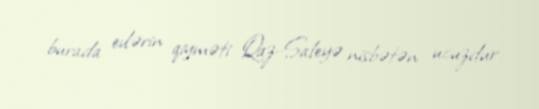
burada evlərin qiyməti Qaz-Saleyə nisbətən ucuzdur.